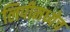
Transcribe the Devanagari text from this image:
लिपीमध्येच